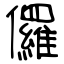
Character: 儸